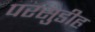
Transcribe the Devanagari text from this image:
परसुडीह